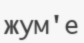
жум'е